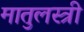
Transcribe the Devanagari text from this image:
मातुलस्त्री